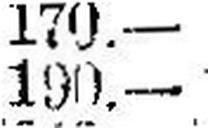
190.—